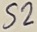
Text: S2